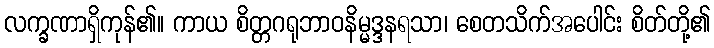
လက္ခဏာရှိကုန်၏။ ကာယ စိတ္တဂရုဘာဝနိမ္မဒ္ဒနရသာ၊ စေတသိက်အပေါင်း စိတ်တို့၏